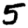
Digit: 5